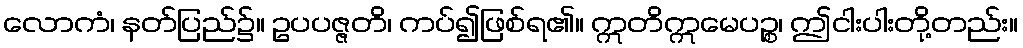
လောကံ၊ နတ်ပြည်၌။ ဥပပဇ္ဇတိ၊ ကပ်၍ဖြစ်ရ၏။ ဣတိဣမေပဉ္စ၊ ဤငါးပါးတို့တည်း။